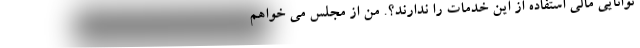
توانایی مالی استفاده از این خدمات را ندارند؟. من از مجلس می خواهم